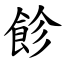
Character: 飻